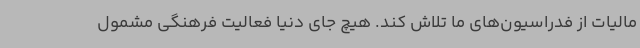
مالیات از فدراسیون‌های ما تلاش کند. هیچ جای دنیا فعالیت فرهنگی مشمول